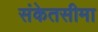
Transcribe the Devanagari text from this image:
संकेतसीमा